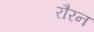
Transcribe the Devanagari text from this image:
रौरन